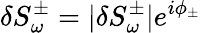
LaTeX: \delta S_{\omega}^{\pm}=|\delta S_{\omega}^{\pm}|e^{i\phi_{\pm}}